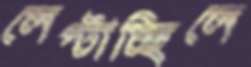
লেপ্‌টাচ্ছিলে